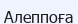
Алеппоға